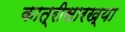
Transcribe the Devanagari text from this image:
कात्रीसारख्या